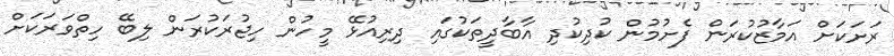
ރަށަކަށް އަމާޒުކުރަން ފެށުމުން ކުދިކުދި އާބާދީތަކުގައި ދިރިއުޅޭ މީހުން ހިޖުރަކުރަން ލިބޭ ހިތްވަރަކަށް